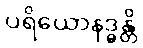
ပရိယောနဒ္ဓန္တိ